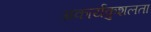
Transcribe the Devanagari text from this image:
अकार्यकुशलता